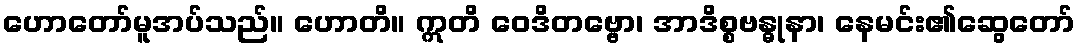
ဟောတော်မူအပ်သည်။ ဟောတိ။ ဣတိ ဝေဒိတဗ္ဗော၊ အာဒိစ္စဗန္ဓုနာ၊ နေမင်း၏ဆွေတော်